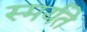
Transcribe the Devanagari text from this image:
स्मर्यते